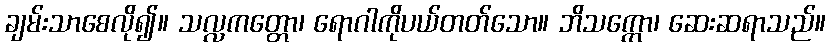
ချမ်းသာစေလို၍။ သလ္လကတ္တော၊ ရောဂါကိုပယ်တတ်သော။ ဘိသက္ကော၊ ဆေးဆရာသည်။